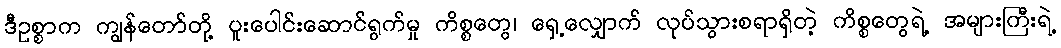
ဒီဥစ္စာက ကျွန်တော်တို့ ပူးပေါင်းဆောင်ရွက်မှု ကိစ္စတွေ၊ ရှေ့လျှောက် လုပ်သွားစရာရှိတဲ့ ကိစ္စတွေရဲ့ အများကြီးရဲ့